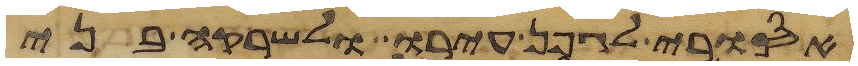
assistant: אסורי לגפן עירו ולשרקה בני